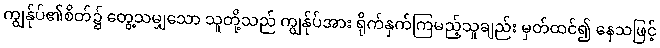
ကျွန်ုပ်၏စိတ်၌ တွေ့သမျှသော သူတို့သည် ကျွန်ုပ်အား ရိုက်နှက်ကြမည့်သူချည်း မှတ်ထင်၍ နေသဖြင့်